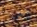
طفلا